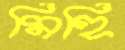
মিহি